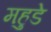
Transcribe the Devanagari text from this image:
महुडे